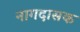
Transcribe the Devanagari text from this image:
नागदासक